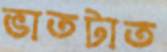
ভাতটাত